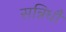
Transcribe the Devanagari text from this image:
सन्निधौ